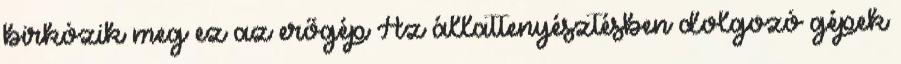
birkózik meg ez az erőgép Az állattenyésztésben dolgozó gépek